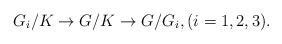
LaTeX: \begin{align*}G_i/K\to G/K\to G/G_i,(i=1, 2, 3).\end{align*}